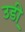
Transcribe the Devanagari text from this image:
उडी़